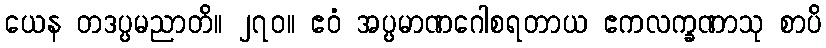
ယေန တဒပ္ပမညာတိ။ ၂၇၀။ ဧဝံ အပ္ပမာဏဂေါစရတာယ ဧကလက္ခဏာသု စာပိ